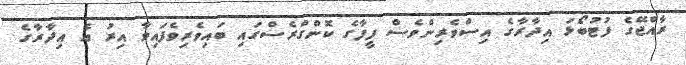
ރާއްޖޭގެ ފުޓުބޯޅަ އިދާރާގެ އިސްވެރިންވެސް ފީފާގެ ކޮންގްރެސްގައި ބައިވެރިވެފައިވާ އިރު އެ އިދާރާގެ